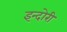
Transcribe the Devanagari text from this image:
इन्दोरी